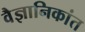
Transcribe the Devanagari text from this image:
वैज्ञानिकांत